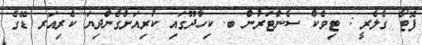
ފޮޓޯ ގެލެރީ : ޓިވެކް ސެންޓަރުން ބ. ކިހާދޫގައި ކުރިއަށްގެންދިޔަ ކެރިއަރ ޑޭގެ